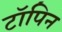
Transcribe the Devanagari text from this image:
टॉपिन